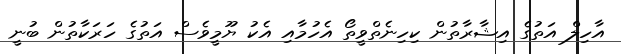
އާހިލް އަތުގެ އިޝާރާތުން ކިހިނެތްވީތޯ އެހުމާއި އެކު ޔޫމީވެސް އަތުގެ ހަރަކާތުން ބުނީ